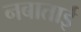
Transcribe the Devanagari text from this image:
नबाताई